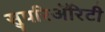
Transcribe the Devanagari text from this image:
सुपरिअॅरिटी